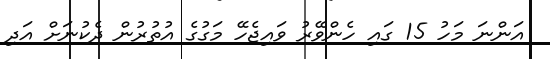
އަންނަ މަހު 15 ގައި ހެންވޭރު ވައިޖެހޭ މަގުގެ އުތުރުން ދެކުނަށް އަދި